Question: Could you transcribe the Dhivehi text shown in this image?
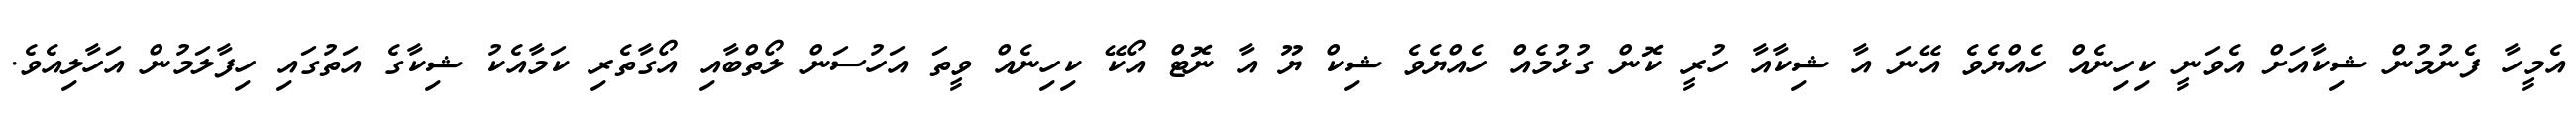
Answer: އެމީހާ ފެނުމުން ޝިކާއަށް އެވަނީ ކިހިނެއް ހެއްޔެވެ އޭނަ އާ ޝިކާއާ ހުރީ ކޮން ގުޅުމެއް ހެއްޔެވެ ޝިކް ޔޫ އާ ނޮޓް އޯކޭ ކިހިނެއް ވީތަ އަހުސަން ލޯތްބާއި އޯގާތެރި ކަމާއެކު ޝިކާގެ އަތުގައި ހިފާލަމުން އަހާލިއެވެ.